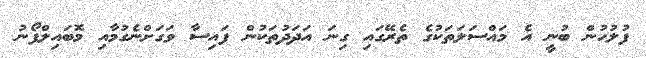
ފުލުހުން ބުނީ އެ މައްސަލަތަކުގެ ތެރޭގައި ގިނަ އަދަދުތަކުން ފައިސާ ވަގަށްނެގުމާއި މޮބައިލްފޯނު